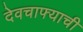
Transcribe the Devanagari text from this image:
देवचाफ्याची